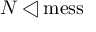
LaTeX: N \triangleleft { \mathrm { m e s s } }